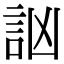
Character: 訩